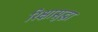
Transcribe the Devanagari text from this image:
रिक्षासुद्धा